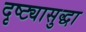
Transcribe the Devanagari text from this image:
दृष्ट्यासुद्धा